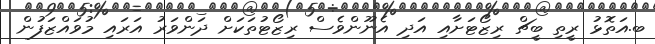
ބ.އަތޮޅު ރީތި ބީޗް ރިޒޯޓަށާއި އަދި އެނޫންވެސް ރިޒޯޓުތަކަށް ދަންވަރު އަރައި މުވައްޒަފުން